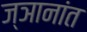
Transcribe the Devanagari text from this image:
ज्ञानांत